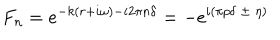
F _ { n } = e ^ { - k ( r + i \omega ) - i 2 \pi n \delta } = - e ^ { i ( \pi p \delta \ \pm \ \eta ) }